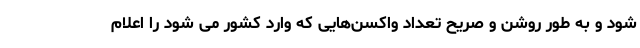
شود و به طور روشن و صریح تعداد واکسن‌هایی که وارد کشور می شود را اعلام